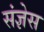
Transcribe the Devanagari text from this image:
संज्ञेस